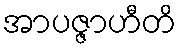
အာပဇ္ဇာဟီတိ